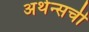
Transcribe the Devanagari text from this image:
अथेन्सची